Lunatic asylums United Provinces 1899-1908 - 1899-1908
Year: 1899
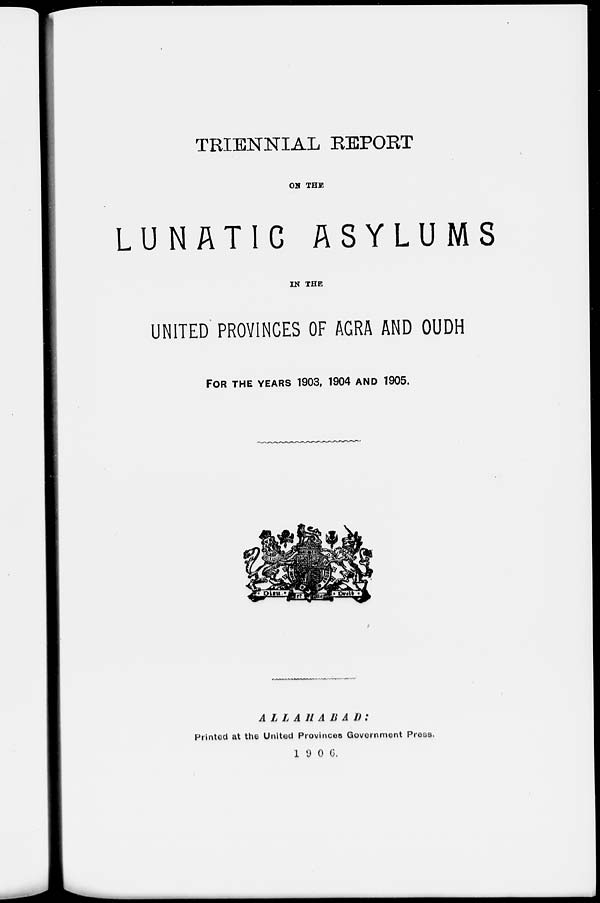
TRIENNIAL REPORT
ON THE
LUNATIC ASYLUMS
IN THE
UNITED PROVINCES OF AGRA AND OUDH
FOR THE YEARS 1903, 1904 AND 1905.
ALLAHABAD:
Printed at the United Provinces Government Press.
1 9 0 6.